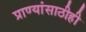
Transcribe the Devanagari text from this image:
प्राण्यांसाठीही